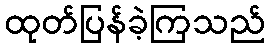
ထုတ်ပြန်ခဲ့ကြသည်